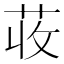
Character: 荍